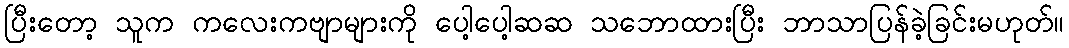
ပြီးတော့ သူက ကလေးကဗျာများကို ပေါ့ပေါ့ဆဆ သဘောထားပြီး ဘာသာပြန်ခဲ့ခြင်းမဟုတ်။